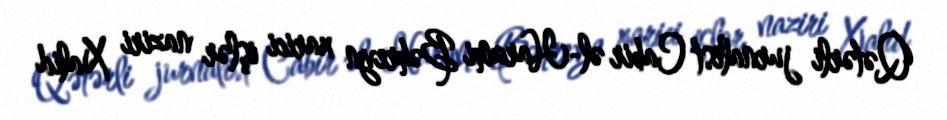
Qətərli jurnalist Cabir əl-Harami Bəhreyn xarici işlər naziri Xalid